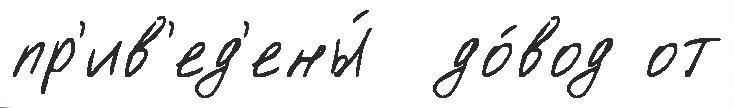
пр'ив'ед'ены́  до́вод от